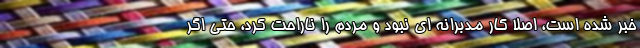
خبر شده است، اصلا کار مدبرانه ای نبود و مردم را ناراحت کرد، حتی اگر